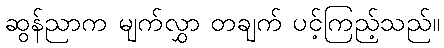
ဆွန်ညာက မျက်လွှာ တချက် ပင့်ကြည့်သည်။